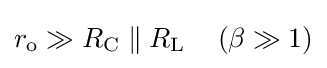
r_{\text{o}}\gg R_{\text{C}}\parallel R_{\text{L}}\quad \left(\beta \gg 1\right)